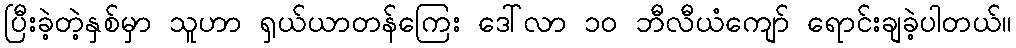
ပြီးခဲ့တဲ့နှစ်မှာ သူဟာ ရှယ်ယာတန်ကြေး ဒေါ်လာ ၁၀ ဘီလီယံကျော် ရောင်းချခဲ့ပါတယ်။